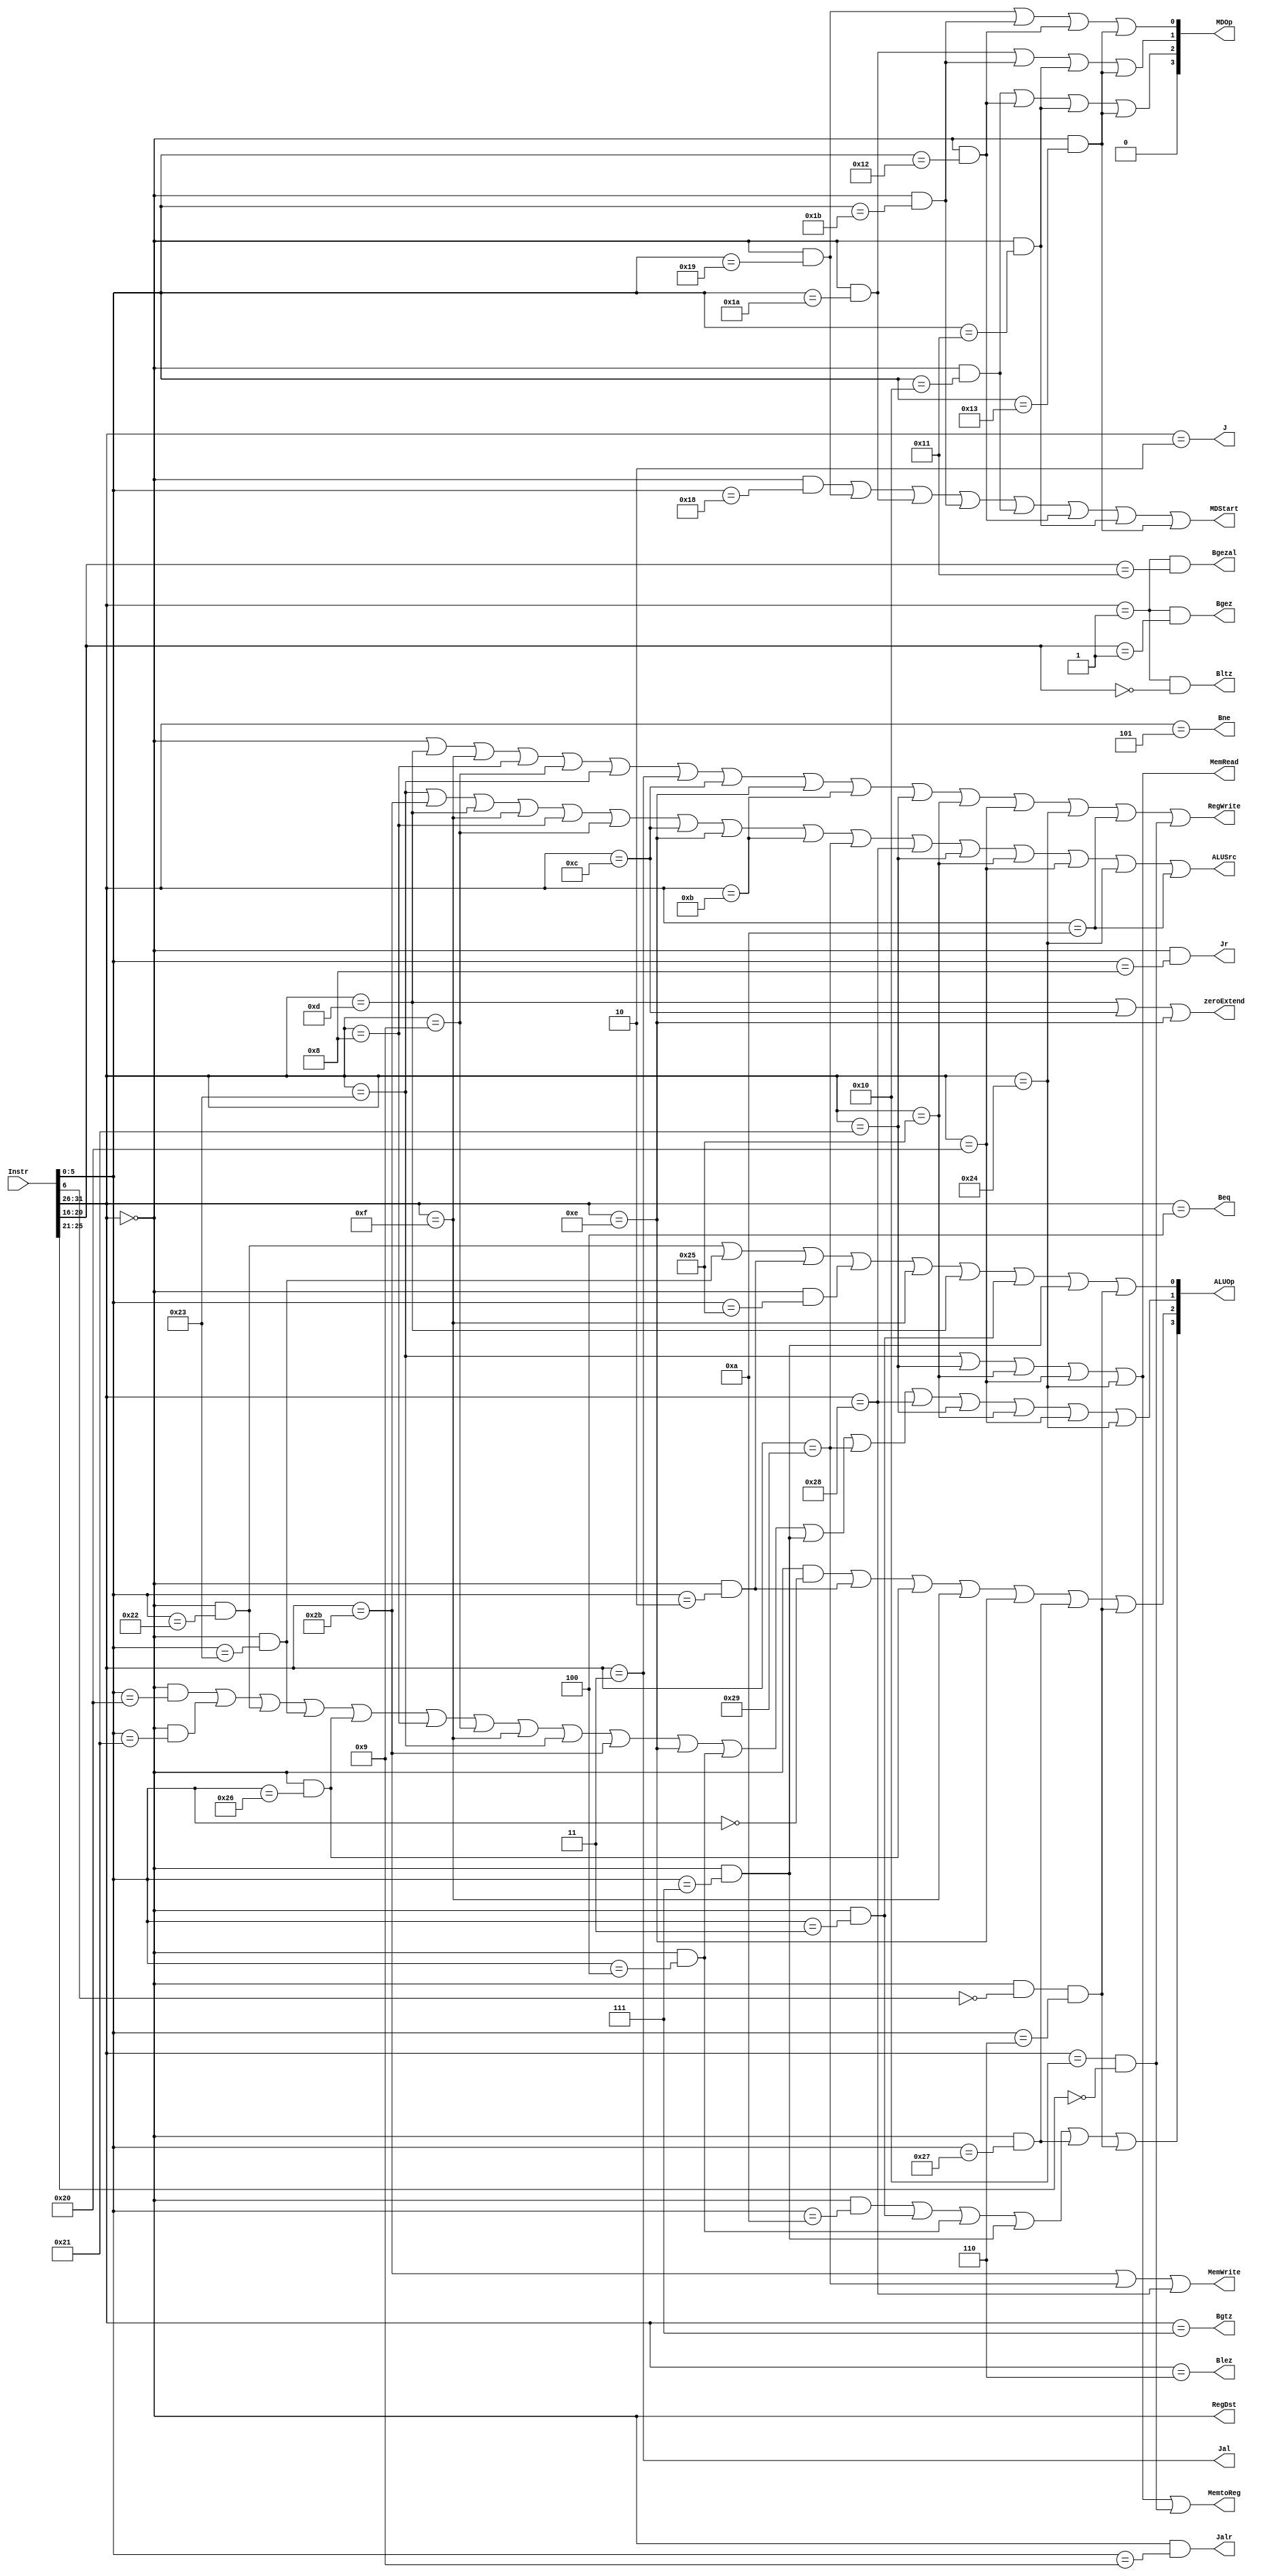
`timescale 1ns / 1ps
//////////////////////////////////////////////////////////////////////////////////
// Company: 
// Engineer: 
// 
// Design Name: 
// Module Name:    Controller 
// Project Name: 
// Target Devices: 
// Tool versions: 
// Description: 
//
// Dependencies: 
//
// Revision: 
// Revision 0.01 - File Created
// Additional Comments: 
//
//////////////////////////////////////////////////////////////////////////////////
`define op 31:26
`define rs 25:21
`define rt 20:16
`define func 5:0
module Controller(          
	 input [31:0] Instr,     //
	 output RegDst,          //Mux_RegAddr,Mux_Shamt
	 output ALUSrc,          //Mux_ALUSrc
	 output MemtoReg,        //Mux_RegData
	 output RegWrite,        //GRF
	 output MemRead,         //DM
	 output MemWrite,        //DM
	 output zeroExtend,      //
	 output Beq,             //beq
	 output Bne,             //bne
	 output J,               //j
	 output Jal,             //jal
	 output Jr,              //jr
	 output Jalr,
	 output Bgezal,
	 output Blez,
	 output Bgtz,
	 output Bltz,
	 output Bgez,
	 output MDStart,
	 output [3:0] ALUOp,     //ALU
	 output [3:0] MDOp
    );
	 wire R,add,addu,sub,subu,sll,srl,And,Or,Xor,nop,sra,sllv,srav,Nor,srlv,sltu,slt,                  //
			lui,ori,addi,addiu,andi,xori,sltiu,slti,
			beq,bne,blez,bgtz,bltz,bgez,
			bgezal,
			lw,lh,lhu,lb,lbu,
			sw,sh,sb,
			j,
			jal,
			jr,
			jalr,
			mult,multu,div,divu,mfhi,mflo,mthi,mtlo,
			COP0,eret,mfc0,mtc0;
	 
	 //Op
	 assign R     = (Instr[`op] == 6'b000_000),                   //R = 000_000
			  lui   = (Instr[`op] == 6'b001_111),                   //lui = 001_111
			  ori   = (Instr[`op] == 6'b001_101),                   //ori = 001_101
			  addi  = (Instr[`op] == 6'b001_000),                   //addi = 001_000
			  addiu = (Instr[`op] == 6'b001_001),                   //addiu = 001_001
			  beq   = (Instr[`op] == 6'b000_100),                   //beq = 000_100
			  bne   = (Instr[`op] == 6'b000_101),                   //bne = 000_101
			  lw    = (Instr[`op] == 6'b100_011),                   //lw = 100_011
			  sw    = (Instr[`op] == 6'b101_011),                   //sw = 101_011
			  j     = (Instr[`op] == 6'b000_010),                   //j = 000_010
			  jal   = (Instr[`op] == 6'b000_011),                   //jal = 000_011
			  andi  = (Instr[`op] == 6'b001_100),                   //andi = 001_100
			  xori  = (Instr[`op] == 6'b001_110),                   //xori = 001_110
			  sltiu = (Instr[`op] == 6'b001_011),                   //sltiu = 001_011
			  sh    = (Instr[`op] == 6'b101_001),                   //sh = 101_011
			  sb    = (Instr[`op] == 6'b101_000),                   //sb = 101_000
			  lh    = (Instr[`op] == 6'b100_001),                   //lh = 100_001
			  lhu   = (Instr[`op] == 6'b100_101),                   //lhu = 100_101
			  lb    = (Instr[`op] == 6'b100_000),                   //lb = 100_000
			  lbu   = (Instr[`op] == 6'b100_100),                   //lbu = 100_100
			  blez  = (Instr[`op] == 6'b000_110),                   //blez = 000_110
			  bgtz  = (Instr[`op] == 6'b000_111),                   //bgtz = 000_111
			  slti  = (Instr[`op] == 6'b001_010),                   //slti = 001_010
			  COP0  = (Instr[`op] == 6'b010_000);                   //COP0 = 010_000
			  
	 //Func
	 assign add   = R && (Instr[`func] == 6'b100_000),              //add = 100_000
			  addu  = R && (Instr[`func] == 6'b100_001),              //addu = 100_001
			  sub   = R && (Instr[`func] == 6'b100_010),              //sub = 100_010
			  subu  = R && (Instr[`func] == 6'b100_011),              //subu = 100_011
			  sll   = R && (Instr[`func] == 6'b000_000),              //sll = 000_000
			  srl   = R && (Instr[`func] == 6'b000_010),              //srl = 000_010
			  And   = R && (Instr[`func] == 6'b100_100),              //and = 100_100
			  Or    = R && (Instr[`func] == 6'b100_101),              //or = 100_101
			  Xor   = R && (Instr[`func] == 6'b100_110),              //xor = 100_110
			  jr    = R && (Instr[`func] == 6'b001_000),              //jr = 001_000
			  movz  = R && (Instr[`func] == 6'b001_010),              //movz = 001_010 
			  sra   = R && (Instr[`func] == 6'b000_011),              //sra = 000_011
			  sllv  = R && (Instr[`func] == 6'b000_100),              //sllv = 000_100
			  srav  = R && (Instr[`func] == 6'b000_111),              //srav = 000_111
			  Nor   = R && (Instr[`func] == 6'b100_111),              //Nor = 100_111
			  srlv  = R && (Instr[6] == 1'b0) && (Instr[`func] == 6'b000_110),   //srlv = 7'b0_000_110
			  sltu  = R && (Instr[`func] == 6'b101_011),              //sltu = 101_011
			  slt   = R && (Instr[`func] == 6'b101_010),              //slt = 101_010
			  jalr  = R && (Instr[`func] == 6'b001_001),              //jalr = 001_001
			  mult  = R && (Instr[`func] == 6'b011_000),              //mult = 011_000
			  multu = R && (Instr[`func] == 6'b011_001),             //multu = 011_001
			  div   = R && (Instr[`func] == 6'b011_010),              //div = 011_010
			  divu  = R && (Instr[`func] == 6'b011_011),              //divu = 011_011
			  mfhi  = R && (Instr[`func] == 6'b010_000),              //mfhi = 010_000
			  mflo  = R && (Instr[`func] == 6'b010_010),              //mflo = 010_010
			  mthi  = R && (Instr[`func] == 6'b010_001),              //mthi = 010_001
			  mtlo  = R && (Instr[`func] == 6'b010_011);              //mtlo = 010_011
			  
	 assign bgezal = (Instr[`op] == 6'b000_001) && (Instr[`rt] == 5'b10001),
			  bltz   = (Instr[`op] == 6'b000_001) && (Instr[`rt] == 5'b00000),
			  bgez   = (Instr[`op] == 6'b000_001) && (Instr[`rt] == 5'b00001),
			  eret   = COP0 && Instr[25] && (Instr[`func] == 6'b011_000),
			  mfc0   = COP0 && (Instr[`rs] == 5'b00000),
			  mtc0   = COP0 && (Instr[`rs] == 5'b00100);
	 
	 assign RegDst = R,
			  ALUSrc = lw | sw | ori | lui | addi | addiu | andi | xori | sltiu | sh | sb | lh | lhu | lb | lbu | slti,
			  MemtoReg = lw | lh | lhu | lb | lbu | mfc0,
			  RegWrite = R | ori | lui | addi | addiu | lw | jal | andi | xori | sltiu | lh | lhu | lb | lbu | slti | mfc0,
			  MemRead = lw | lh | lhu | lb | lbu,
			  MemWrite = sw | sh | sb,
			  zeroExtend = ori | andi | xori,
			  Beq = beq,
			  Bne = bne,
			  J = j,
			  Jal = jal,
			  Jr = jr,
			  Jalr = jalr,
			  Bgezal = bgezal,
			  Blez = blez,
			  Bgtz = bgtz,
			  Bltz = bltz,
			  Bgez = bgez,
			  MDStart = mult | multu | div | divu | mfhi | mflo | mthi | mtlo;
			  
	 //ALUOp   0000:and 0001:or 0010:add 0011:sub 0100:sll 0101:srl 0110:xor 0111:lui 1000:move 1001:sra
				//1010:sllv 1011:srav 1100:nor 1101:srlv
	 assign ALUOp[3] = movz | sra | sllv | srav | Nor | srlv,
			  
			  ALUOp[2] = sll | srl | Xor | lui | xori | Nor | srlv,
			  
			  ALUOp[1] = add | addu | sub | subu | Xor | addi | addiu | lui | lw | sw |
							 xori | sllv | srav | sh | sb | lh | lhu | lb | lbu,
							 
			  ALUOp[0] = sub | subu | srl | Or | lui | ori | sra | srav | srlv;
	
	 //MDOp 0000:mult 0001:multu 0010:div 0011:divu 0100:mfhi 0101:mflo 0110:mthi 0111:mtlo
	 assign MDOp[3] = 1'b0,
			  
			  MDOp[2] = mfhi | mflo | mthi | mtlo,
			  
			  MDOp[1] = div | divu | mthi | mtlo,
			  
			  MDOp[0] = multu | divu | mflo | mtlo;

endmodule